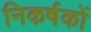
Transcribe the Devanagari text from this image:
निकर्षकों